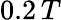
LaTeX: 0.2\, T